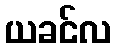
ယခင်လ